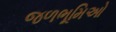
જળભૂમિઓ